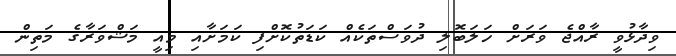
ވިދާޅުވީ ރާއްޖެ ވަރަށް ހަލަބޮލި ދުވަސްތަކެއް ކަޑަތުކޮށްފި ކަމަށާއި މިއީ މަޝްވަރާގެ މަތިން